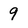
Character: 9